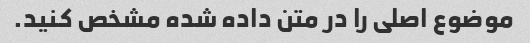
موضوع اصلی را در متن داده شده مشخص کنید.